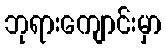
ဘုရားကျောင်းမှာ